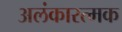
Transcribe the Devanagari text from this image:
अलंकारत्मक